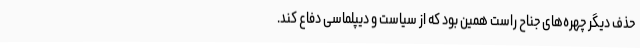
حذف دیگر چهره‌های جناح راست همین بود که از سیاست و دیپلماسی دفاع کند.